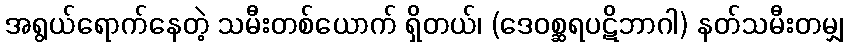
အရွယ်ရောက်နေတဲ့ သမီးတစ်ယောက် ရှိတယ်၊ (ဒေဝစ္ဆရပဋိဘာဂါ) နတ်သမီးတမျှ